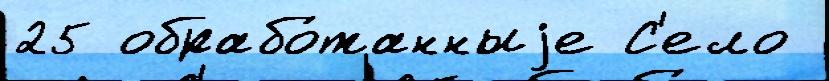
25 обрабо́танныjе С'ело